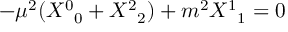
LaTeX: - \mu ^ { 2 } ( { { \cal X } ^ { 0 } } _ { 0 } + { { \cal X } ^ { 2 } } _ { 2 } ) + m ^ { 2 } { { \cal X } ^ { 1 } } _ { 1 } = 0